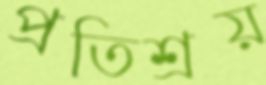
প্রতিশ্রয়